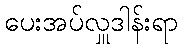
ပေးအပ်လှူဒါန်းရာ